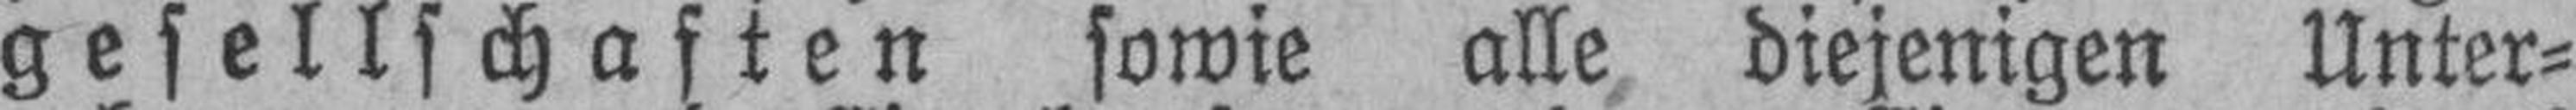
gesellschaften sowie alle, diejenigen Unter¬